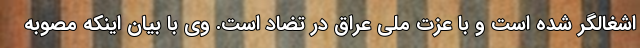
اشغالگر شده است و با عزت ملی عراق در تضاد است. وی با بیان اینکه مصوبه